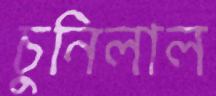
চুনিলাল